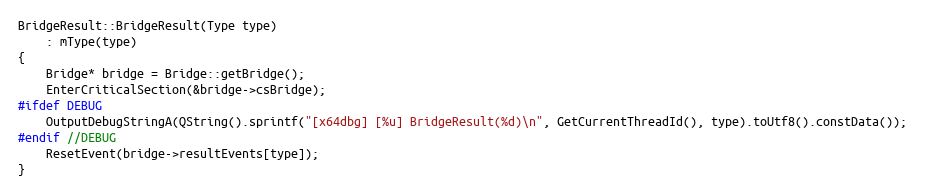
Language: C++
BridgeResult::BridgeResult(Type type)
    : mType(type)
{
    Bridge* bridge = Bridge::getBridge();
    EnterCriticalSection(&bridge->csBridge);
#ifdef DEBUG
    OutputDebugStringA(QString().sprintf("[x64dbg] [%u] BridgeResult(%d)\n", GetCurrentThreadId(), type).toUtf8().constData());
#endif //DEBUG
    ResetEvent(bridge->resultEvents[type]);
}